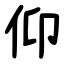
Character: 仰